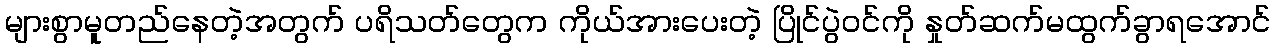
များစွာမူတည်နေတဲ့အတွက် ပရိသတ်တွေက ကိုယ်အားပေးတဲ့ ပြိုင်ပွဲဝင်ကို နှုတ်ဆက်မထွက်ခွာရအောင်